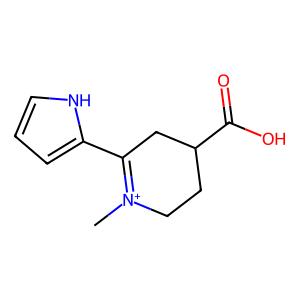
SMILES: C[N+]1=C(c2ccc[nH]2)CC(C(=O)O)CC1
Inhibits HIV replication: No